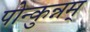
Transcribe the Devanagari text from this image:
पोन्कुन्नम्